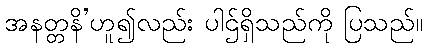
အနတ္တနိ’ဟူ၍လည်း ပါဌ်ရှိသည်ကို ပြသည်။